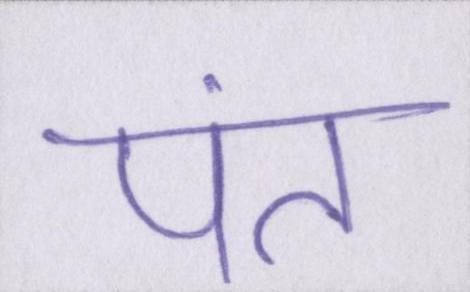
पंत